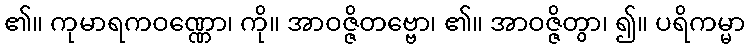
၏။ ကုမာရကဝဏ္ဏော၊ ကို။ အာဝဇ္ဇိတဗ္ဗော၊ ၏။ အာဝဇ္ဇိတွာ၊ ၍။ ပရိကမ္မာ